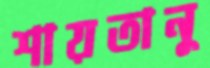
শায়তানু